Civil Veterinary Department Bihar reports 1940-50 - 1940-1950
Year: 1940
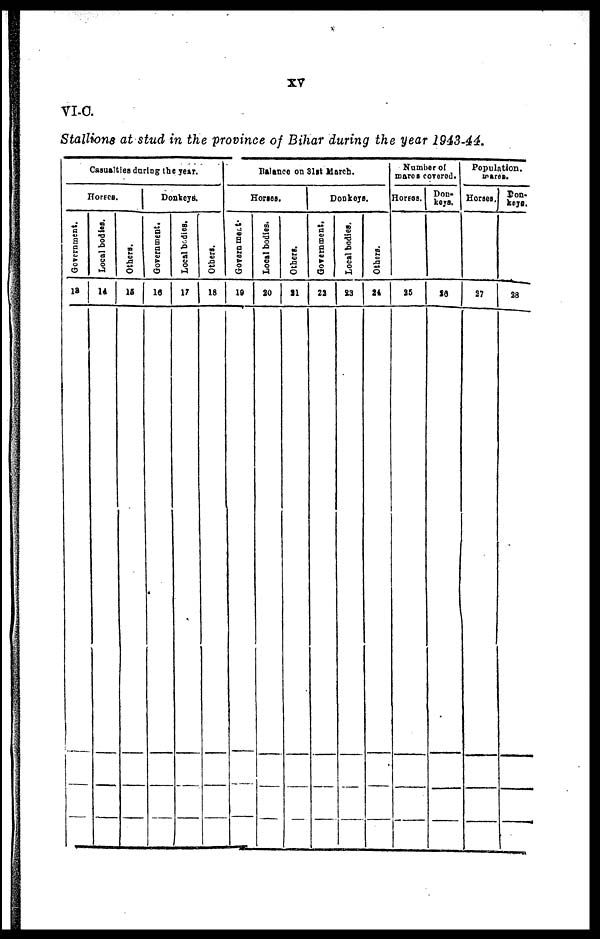
VI-C.
Stallions at stud in the province of Bihar during the year 1943-44.
Casualties during the year.
Horses.
Government.
13
Local bodies.
14
Others.
15
Donkeys.
Government.
16
Local bodies.
17
Others.
18
Balance on 31st March.
Horses.
Government.
19
Local bodies.
20
Others.
21
Donkeys.
Government.
22
Local bodies.
23
Others.
24
Number of
mares covered.
Horses.
25
Don-
keys.
26
Population.
mares.
Horses,
27
Don-
keys.
28